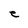
Character: e